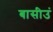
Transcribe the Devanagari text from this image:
बासीउं